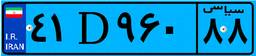
۴۱D۹۶۰۸۸